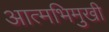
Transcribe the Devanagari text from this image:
आत्मभिमुखी